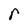
Character: r